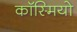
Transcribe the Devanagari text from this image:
कॉस्मियो